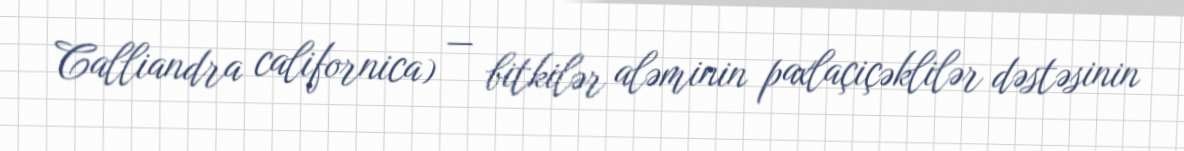
Calliandra californica) — bitkilər aləminin paxlaçiçəklilər dəstəsinin